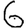
Digit: 6